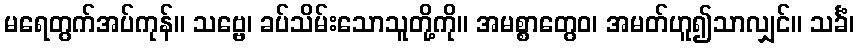
မရေတွက်အပ်ကုန်။ သဗ္ဗေ၊ ခပ်သိမ်းသောသူတို့ကို။ အမစ္စာတွေဝ၊ အမတ်ဟူ၍သာလျှင်။ သင်္ခံ၊